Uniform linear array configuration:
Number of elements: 32
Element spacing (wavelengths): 0.25
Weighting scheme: binomial
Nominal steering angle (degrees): -45
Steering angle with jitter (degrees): -45.749
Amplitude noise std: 0.05
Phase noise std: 0.05

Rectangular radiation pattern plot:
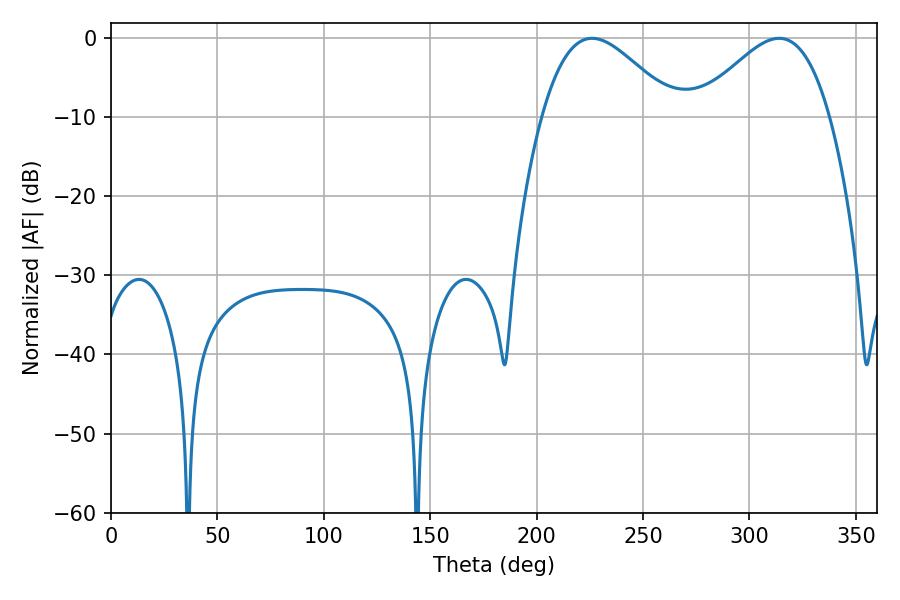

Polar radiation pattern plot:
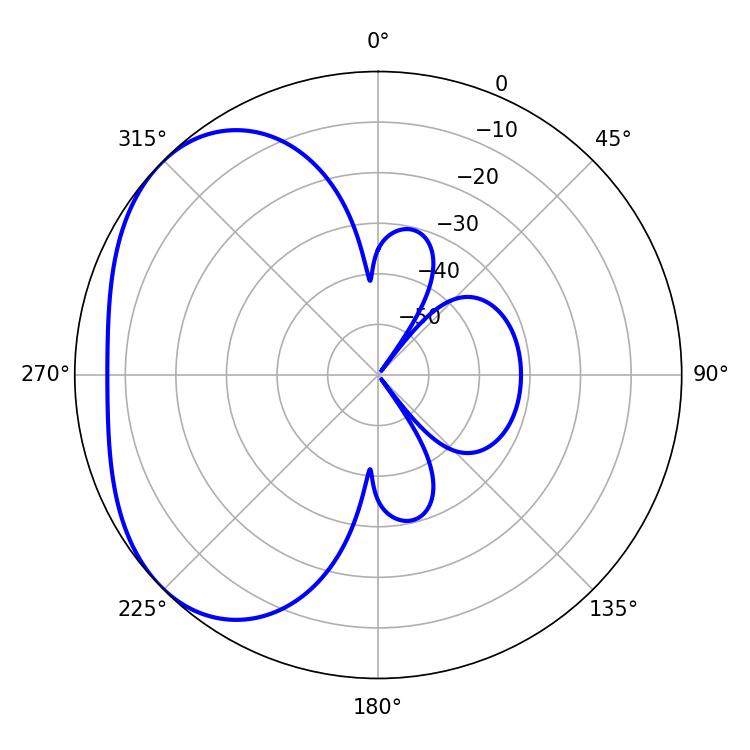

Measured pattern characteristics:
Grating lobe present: FALSE
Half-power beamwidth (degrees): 33.3
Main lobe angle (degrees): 226.08